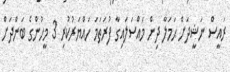
ރައީސް ނަޝީދަށް ޙަމަލާ ދިން މައްސަލައިގާ ފުރަތަމަ ހައްޔަރުކުރި 3 މީހުންގެ ބަންދަށް